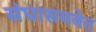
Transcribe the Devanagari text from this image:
संघासमवेत